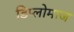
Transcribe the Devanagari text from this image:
डिप्लोमाज